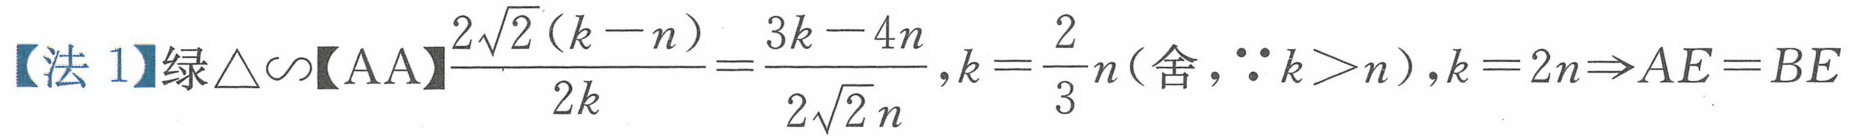
【法 1】绿\(\triangle\sim\)【AA】\(\frac{2\sqrt{2}(k - n)}{2k}=\frac{3k - 4n}{2\sqrt{2}n},k = \frac{2}{3}n(\text{舍},\because k>n),k = 2n\Rightarrow AE = BE\)